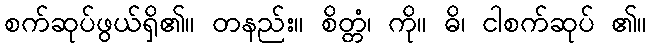
စက်ဆုပ်ဖွယ်ရှိ၏။ တနည်း။ စိတ္တံ၊ ကို။ ဓိ၊ ငါစက်ဆုပ် ၏။